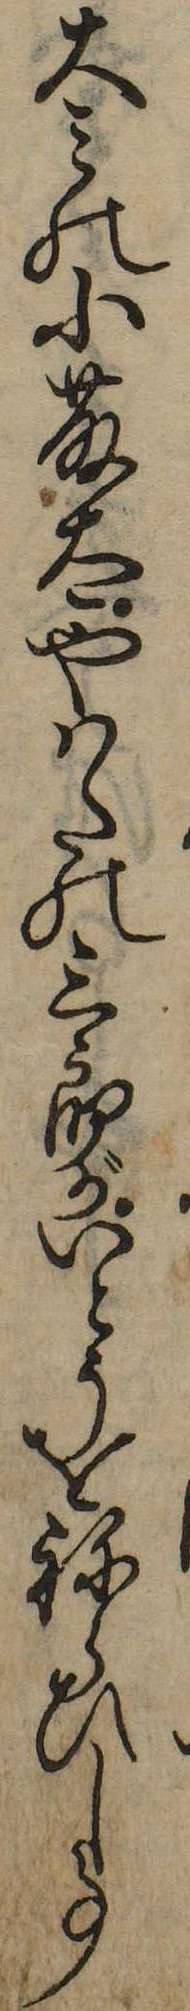
大みの小藤太やはたの三郎がいとうをねらひし事